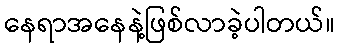
နေရာအနေနဲ့ဖြစ်လာခဲ့ပါတယ်။